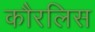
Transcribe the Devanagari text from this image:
कौरलिस